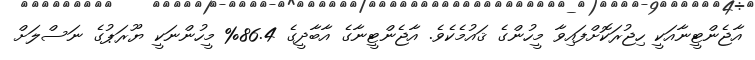
އާޖެންޓީނާއަކީ ހިޖުރަކޮށްފައިވާ މީހުންގެ ޤައުމެކެވެ. އާޖެންޓީނާގެ އާބާދީގެ 86.4% މީހުންނަކީ ޔޫރަޕުގެ ނަސްލަށް